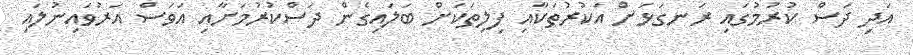
އަދި ދަސް ކުރުމުގައި ރަނގަޅަށް އަކުރުތަކާއި ފިލިތަކަށް ބަލައިގެން ދަސްކުރުމަށާއި އަވަސް އަރުވައިނުލައި